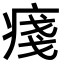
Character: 𤷃